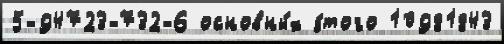
5-94723-732-6 основны́х э́того 10981843